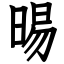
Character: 晹